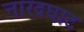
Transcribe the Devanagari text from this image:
नारदघाट